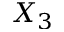
X _ { 3 }